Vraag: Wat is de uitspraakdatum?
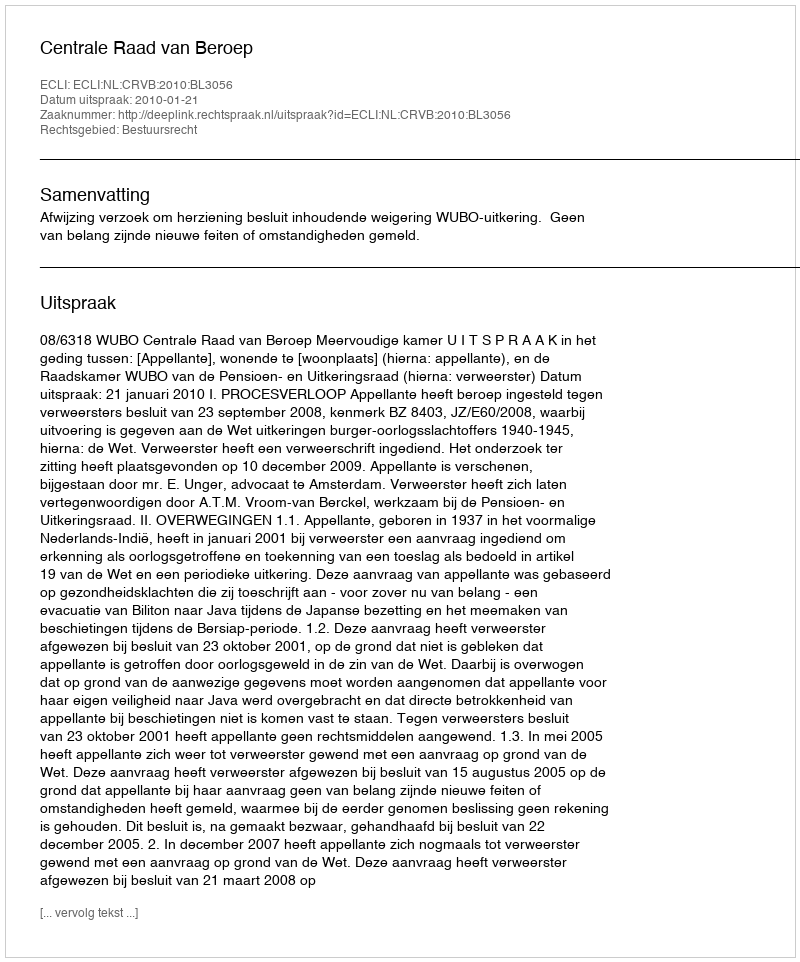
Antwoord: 2010-01-21